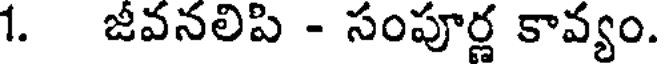
1. జీవనలిపి - సంపూర్ణ కావ్యం.